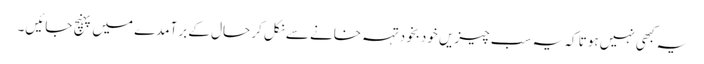
یہ کبھی نہیں ہوتا کہ یہ سب چیزیں خودبخود تہہ خانے سے نکل کر حال کے برآمدے میں پہنچ جائیں۔